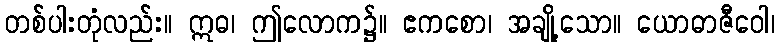
တစ်ပါးတုံလည်း။ ဣဓ၊ ဤလောက၌။ ဧကစော၊ အချို့သော။ ယောဓာဇီဝေါ၊